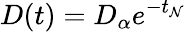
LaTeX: D(t)=D_{\alpha}e^{-t_{\mathcal{N}}}